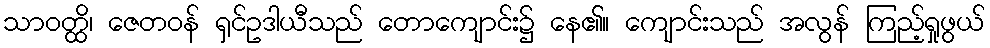
သာဝတ္ထိ၊ ဇေတဝန် ရှင်ဥဒါယီသည် တောကျောင်း၌ နေ၏။ ကျောင်းသည် အလွန် ကြည့်ရှုဖွယ်